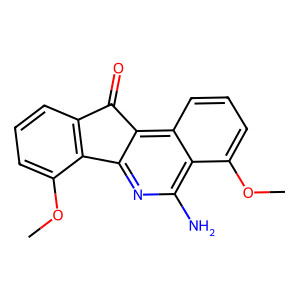
SMILES: COc1cccc2c1-c1nc(N)c3c(OC)cccc3c1C2=O
Inhibits HIV replication: No